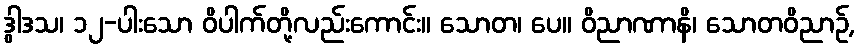
ဒွါဒသ၊ ၁၂-ပါးသော ဝိပါက်တို့လည်းကောင်း။ သောတ၊ ပေ။ ဝိညာဏာနိ၊ သောတဝိညာဉ်,